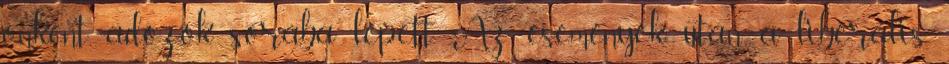
önként adózók sorába lépett. Az események után a liberális